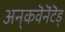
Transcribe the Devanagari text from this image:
अन्‌कवॆनॆंटॆड्